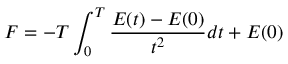
F = - T \int _ { 0 } ^ { T } { \frac { E ( t ) - E ( 0 ) } { t ^ { 2 } } } d t + E ( 0 )